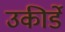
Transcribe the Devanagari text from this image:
उकीर्डे